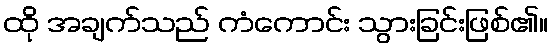
ထို အချက်သည် ကံကောင်း သွားခြင်းဖြစ်၏။